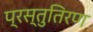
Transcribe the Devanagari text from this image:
प्रस्तुतिरण